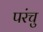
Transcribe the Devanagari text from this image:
परंचु